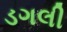
ડગલી